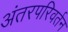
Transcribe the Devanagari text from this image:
अंतरपरिवर्तन